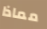
مماذا